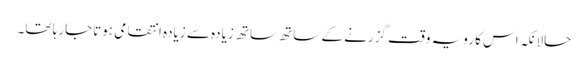
حالانکہ اس کا رویہ وقت گزرنے کے ساتھ ساتھ زیادہ سے زیادہ انتقامی ہوتاجارہا تھا۔